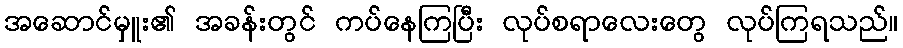
အဆောင်မှူး၏ အခန်းတွင် ကပ်နေကြပြီး လုပ်စရာလေးတွေ လုပ်ကြရသည်။